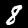
Label: 8